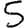
Digit: 5